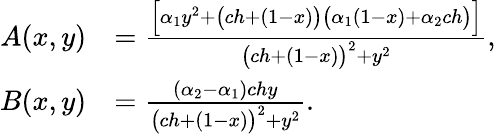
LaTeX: \begin{array}{rl}{A(x,y)}&{=\frac{\Bigl[\alpha_{1}y^{2}+\bigl(ch+(1-x)\bigr)\bigl(\alpha_{1}(1-x)+\alpha_{2}ch\bigr)\Bigr]}{\bigl(ch+(1-x)\bigr)^{2}+y^{2}},}\\ {B(x,y)}&{=\frac{(\alpha_{2}-\alpha_{1})chy}{\bigl(ch+(1-x)\bigr)^{2}+y^{2}}.}\end{array}